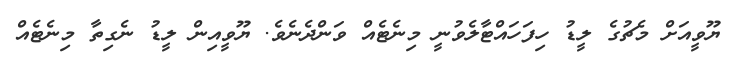
ޔޫވީއަށް މެޗުގެ ލީޑު ހިފަހައްޓާލެވުނީ މިނެޓެއް ވަންދެނެވެ. ޔޫވީއިން ލީޑު ނެގިތާ މިނެެޓެއް